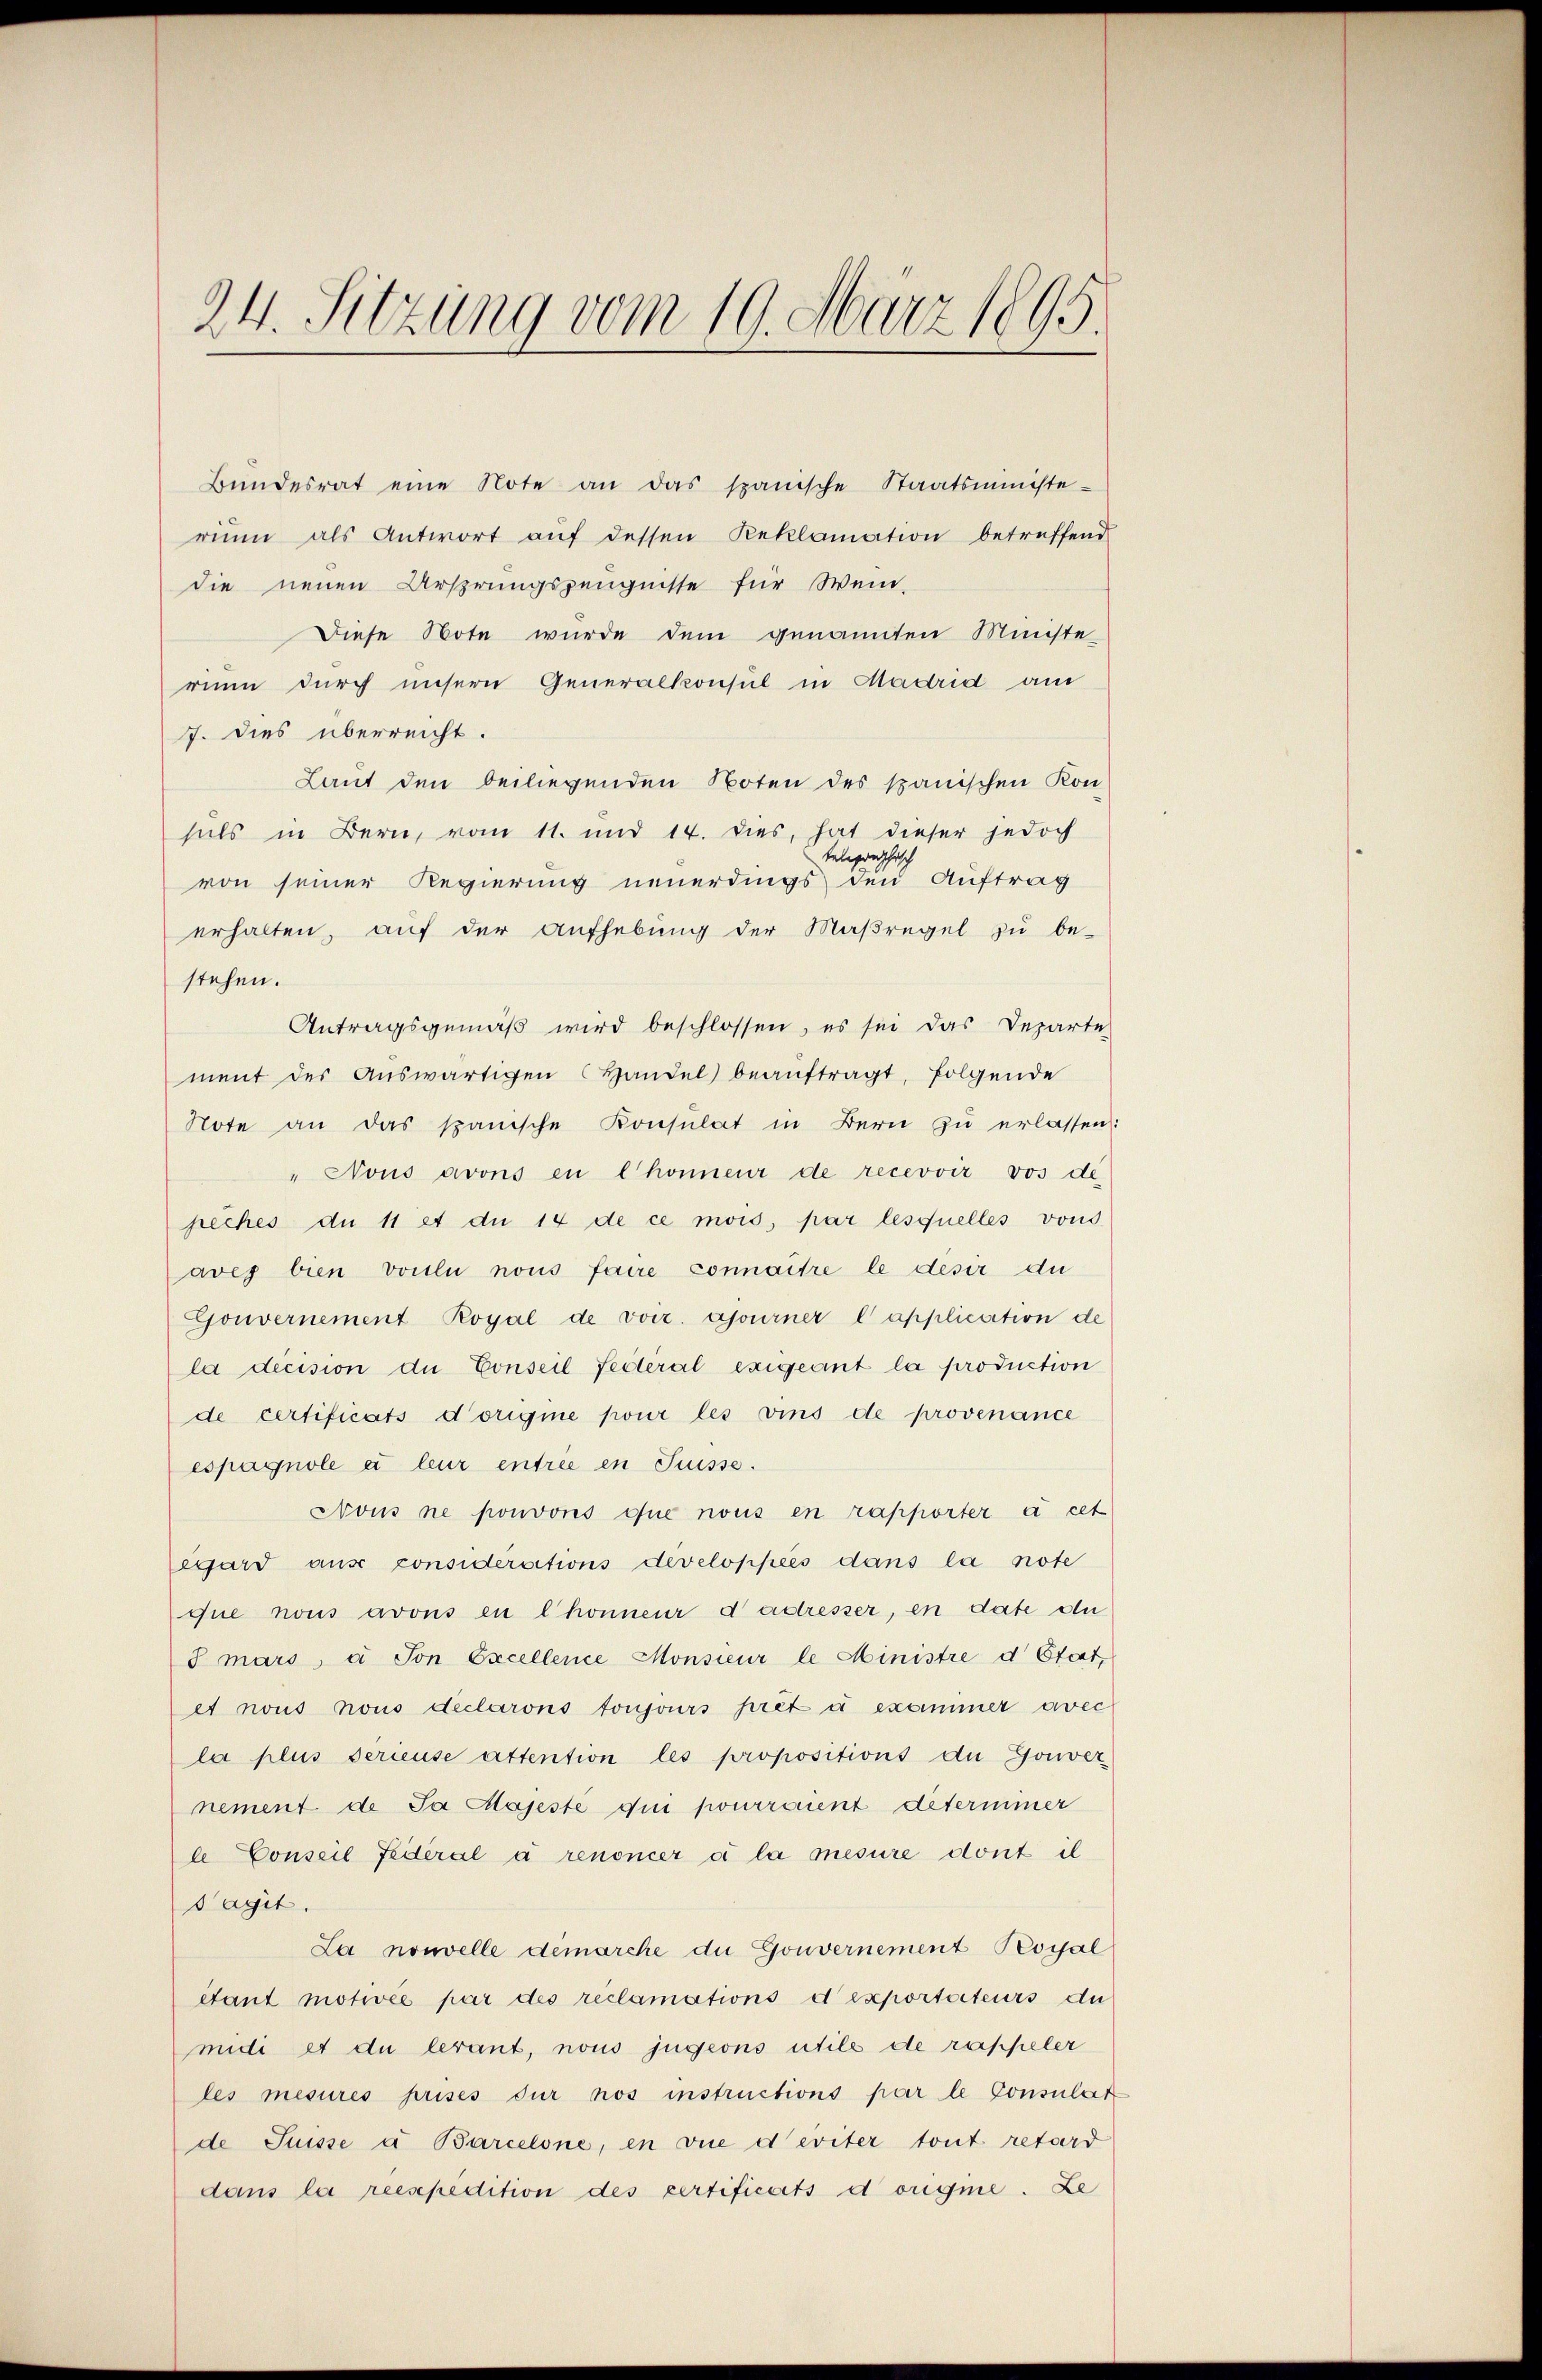
24. Sitzung vom 19. März 1895.

Bŭndesrat eine Note an das spanische Staatsministe-
rium als Antwort auf dessen Reklamation betreffend
die neuen Ursprungszeugnisse für Wein-
Diese Note wurde dem genannten Ministe-
runn durch unsern Generalkonsul in Madrid am
7. dies überreicht.
Laut den beiliegenden Noten des spanischen Kon-
sals in Bern, vom 11. und 14. dies, hat dieser jedoch
telegraphisch
von seiner Regierung neuerdings den Auftrag
erhalten, aŭf der Aŭfhebŭng der Maßregel zŭ be-
stehen.
Antragsgemäβ wird beschlossen, es sei das Departe
ment des Aŭswärtigen Handel beaŭftragt, folgende
Note an das spanische Konsulat in Bern zŭ erlassen:
" Nous avons en Chonneur de recevoir vos de
peches du 11 et du 14 de ce mois, par lesquelles vons
aves bien voulu nous faire connaitre le desir du
Gouvernement Royal de voiz. ajourner l’application de
la decision die Conseil Federal exigeant la production
de certificats d’origie pour les vins de provenance
espagnole et leur entrée en Suisse.
Nous ne pouvons que nous en rapporter à cet
egard aus considérations developpéés dans la note
que nous avons en Chonneur dadresser, en date du
Imars, à son Excellence Monsieur le Ministre d’Etat,
et nous nous declarons toujours prêt u exammer avec
la plus Serieuse attention les propositions de Gouver
nement de Ja Majeste qui pourraient deterimmer
le Conseil Federal à renoncer à la mesure dont il
Tagit.
La nouvelle démarche du Gouvernement Kossal
étant motivée par des reclamations d exportateurs du
midi et du lerant, nous jugeons utile de rappeler
les mesures prises dur nos instructions par le Consulat
de Suisse à Barcelone, en vue deviter tout retard
dans la reespedition des certificats dorgme. Le